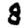
Digit: 8